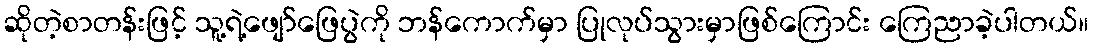
ဆိုတဲ့စာတန်းဖြင့် သူ့ရဲ့ဖျော်ဖြေပွဲကို ဘန်ကောက်မှာ ပြုလုပ်သွားမှာဖြစ်ကြောင်း ကြေညာခဲ့ပါတယ်။